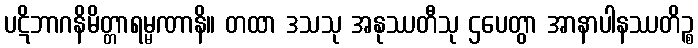
ပဋိဘာဂနိမိတ္တာရမ္မဏာနိ။ တထာ ဒသသု အနုဿတီသု ဌပေတွာ အာနာပါနဿတိဉ္စ